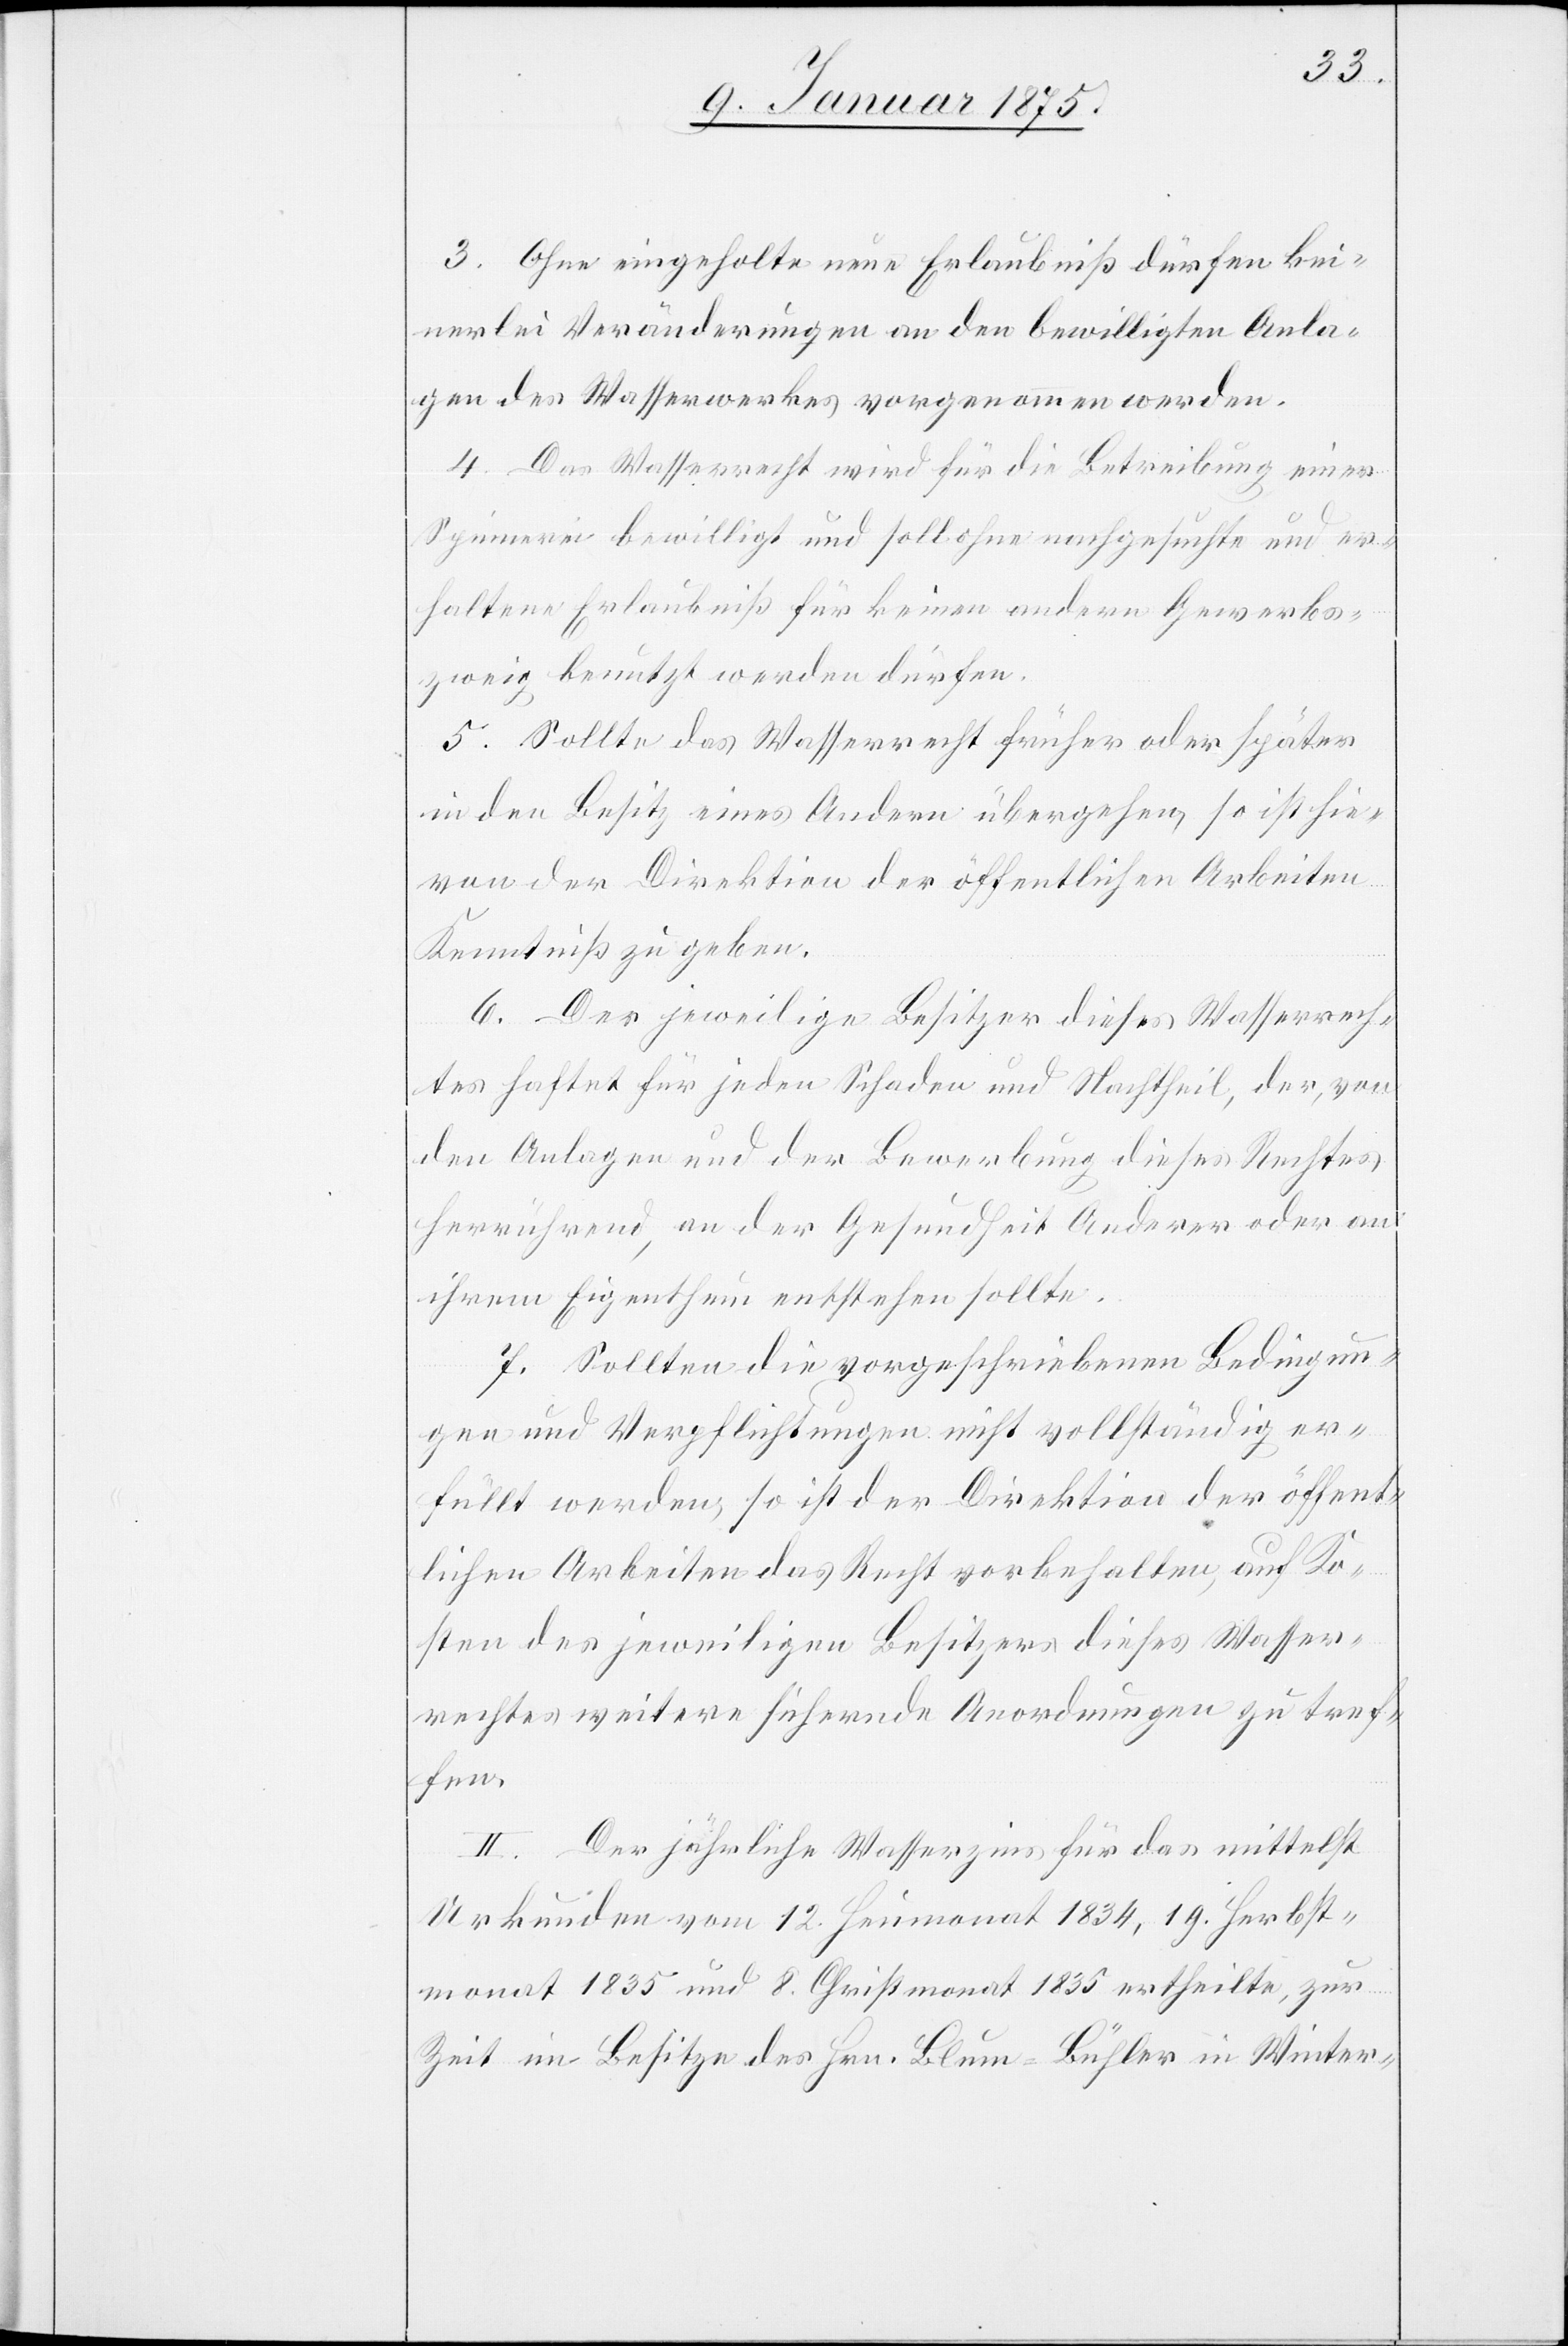
3. Ohne
eingeholte neue Erlaubniß dürfen kei¬
nerlei Veränderungen an den bewilligten Anla¬
gen des Wasserwerkes vorgenommen werden.
4. Das Wasserrecht wird für die Betreibung einer
Spinnerei bewilligt und soll ohne nachgesuchte und er¬
haltene Erlaubniß für keinen andern Gewerbs¬
zweig benutzt werden dürfen.
5. Sollte das Wasserrecht früher oder später
in den Besitz eines Andern übergehen, so ist hie¬
von der Direktion der öffentlichen Arbeiten
Kenntniß zu geben.
6. Der jeweilige Besitzer dieses Wasserrech¬
tes haftet für jeden Schaden und Nachtheil, der, von
den Anlagen und der Bewerbung dieses Rechtes
herrührend, an der Gesundheit Anderer oder an
ihrem Eigenthum entstehen sollte.
7. Sollten die vorgeschriebenen Bedingun¬
gen und Verpflichtungen nicht vollständig er¬
füllt werden, so ist der Direktion der öffent¬
lichen Arbeiten das Recht vorbehalten, auf Ko¬
sten des jeweiligen Besitzer dieses Wasser¬
rechtes weitere führende Anordnungen zu tref¬
fen.
II. Der jährliche Wasserzins für das mittelst
Urkunden vom 12. Heumonat 1834, 19. Herbst¬
monat 1835 und 8. Christmonat 1835 ertheilte, zur
Zeit im Besitze des Hrn. Blum-Bühler in Winter-